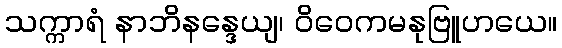
သက္ကာရံ နာဘိနန္ဒေယျ၊ ဝိဝေကမနုဗြူဟယေ။